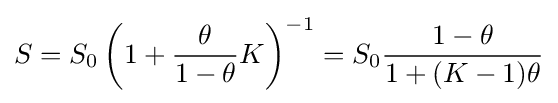
S=S_{0}\left(1+{\frac {\theta }{1-\theta }}K\right)^{-1}=S_{0}{\frac {1-\theta }{1+(K-1)\theta }}